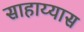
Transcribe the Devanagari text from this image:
साहाय्यास